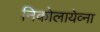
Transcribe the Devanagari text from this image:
निकोलायेव्ना